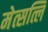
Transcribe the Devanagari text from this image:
मेत्सत्लि